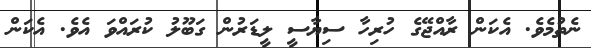
ނެތުމެވެ. އެކަން ރާއްޖޭގެ ހުރިހާ ސިޔާސީ ލީޑަރުން ގަބޫލު ކުރައްވަ އެވެ. އެކަން